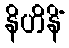
နိဟိနိံ